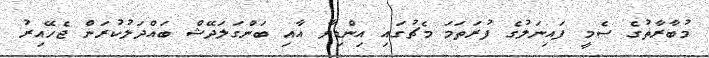
މުބާރާތުގެ ސެމީ ފައިނަލުގެ ފުރަތަމަ މެޗުގައި އިންޑިޔާ އާއި ބަންގަލަދޭޝް ބައްދަލުކުރަން ޖެހޭއިރު